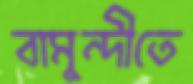
বামুন্দীতে